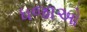
ધજાઓ